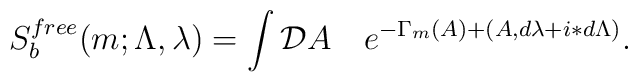
S^{free}_{b}(m;\Lambda,\lambda)=\int{\cal D}A\quad  e^{-\Gamma_m(A)+(A,d\lambda+i\ast d\Lambda)}.